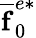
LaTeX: \mathbf{\overline{{f}}}_{0}^{e*}